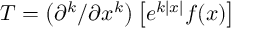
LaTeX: T = \left( { \partial } ^ { k } / \partial x ^ { k } \right) \left[ e ^ { k | x | } f ( x ) \right]